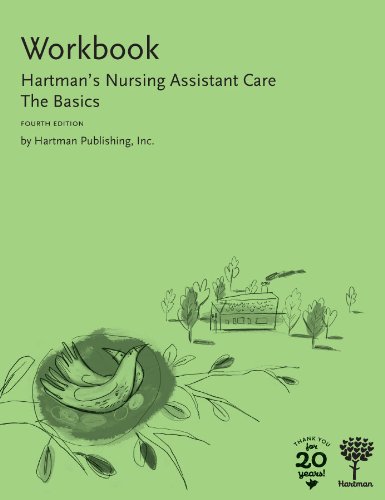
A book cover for Workbook for Hartman's Nursing Assistant Care: The Basics, 4e; Hartman Publishing Inc.; Medical Books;